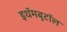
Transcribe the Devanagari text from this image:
इथॅमबूटॉल